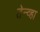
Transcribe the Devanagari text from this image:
तेन्व्हा